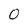
Character: 0